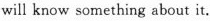
will know something about it.